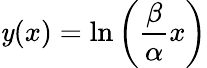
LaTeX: \mathit{y}(x)=\ln\left(\frac{{\beta}}{{\alpha}}x\right)